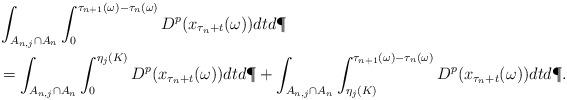
LaTeX: \begin{align*} &\int_{A_{n,j} \cap A_n} \int_0^{\tau_{n+1}(\omega) - \tau_n(\omega)} D^p(x_{\tau_n +t}(\omega)) dt d\P \\ & = \int_{A_{n,j} \cap A_n}\int_0^{\eta_j(K)} D^p(x_{\tau_n +t}(\omega))dt d\P + \int_{A_{n,j} \cap A_n}\int_{\eta_j(K)}^{\tau_{n+1}(\omega) - \tau_n(\omega)} D^p(x_{\tau_n +t}(\omega))dt d\P. \end{align*}